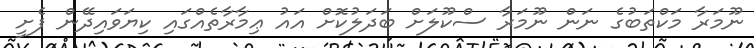
ނޫމަރާ މަކްތަބުގެ ނަން ނޫމަރާ ސްކޫލަށް ބަދަލުކޮށް އައު ޢިމާރާތެއްގައި ކިޔަވައިދޭން ފެށީ